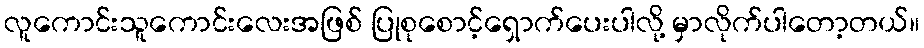
လူကောင်းသူကောင်းလေးအဖြစ် ပြုစုစောင့်ရှောက်ပေးပါလို့ မှာလိုက်ပါတော့တယ်။